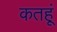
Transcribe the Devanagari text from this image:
कतहूं